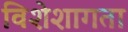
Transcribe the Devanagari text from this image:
विशेशागता